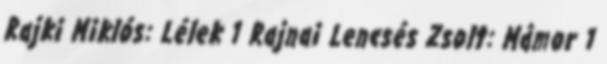
Rajki Miklós: Lélek 1 Rajnai Lencsés Zsolt: Mámor 1